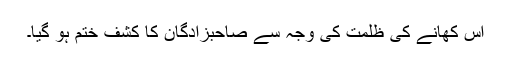
اس کھانے کی ظلمت کی وجہ سے صاحبزادگان کا کشف ختم ہو گیا۔